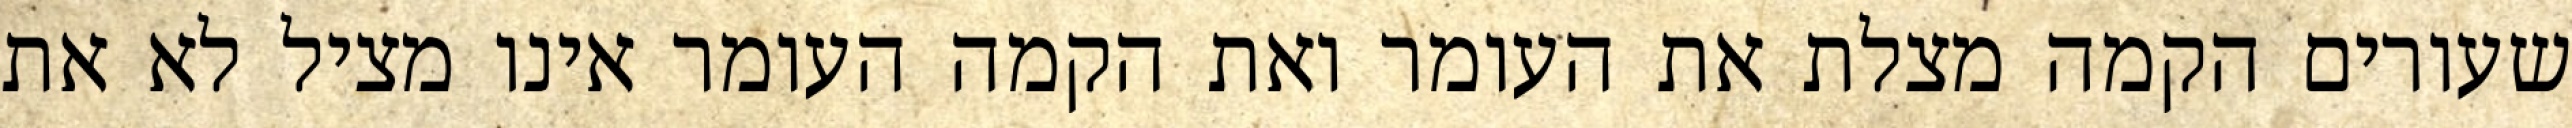
שעורים הקמה מצלת את העומר ואת הקמה העומר אינו מציל לא את